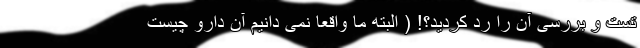
تست و بررسی آن را رد کردید؟! ( البته ما واقعاً نمی دانیم آن دارو چیست